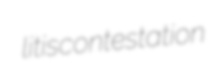
litiscontestation